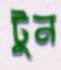
টুন